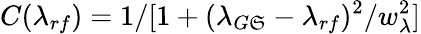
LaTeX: C(\lambda_{rf})=1/[1+(\lambda_{G\mathfrak{S}}-\lambda_{rf})^{2}/w_{\lambda}^{2}]